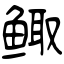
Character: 鲰